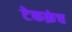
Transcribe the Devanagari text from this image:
टेकक्रंच